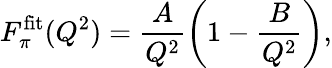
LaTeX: F_{\pi}^{\mathrm{fit}}(Q^{2})=\frac{A}{Q^{2}}\left(1-\frac{B}{Q^{2}}\right),